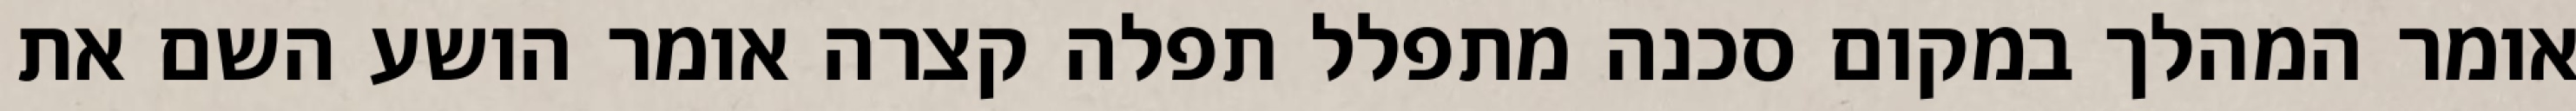
אומר המהלך במקום סכנה מתפלל תפלה קצרה אומר הושע השם את